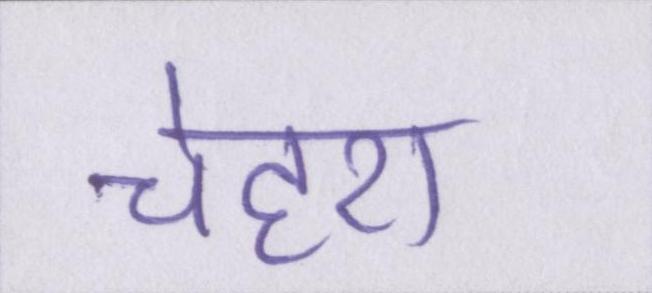
चेहरा